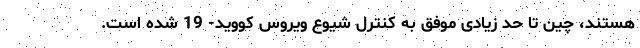
هستند، چین تا حد زیادی موفق به کنترل شیوع ویروس کووید- 19 شده است.